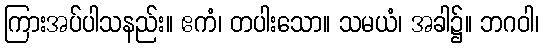
ကြားအပ်ပါသနည်း။ ဧကံ၊ တပါးသော။ သမယံ၊ အခါ၌။ ဘဂဝါ၊